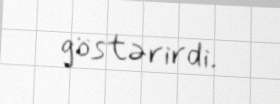
göstərirdi.